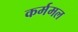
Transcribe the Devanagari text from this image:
कर्ममल